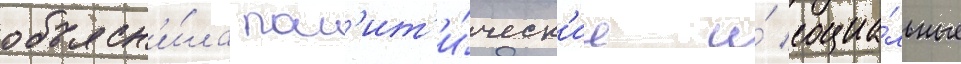
объясн'и́ла пол'ит'и́ческ'ие и́ социа́льные